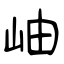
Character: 岫